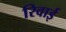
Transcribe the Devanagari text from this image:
रिवाई